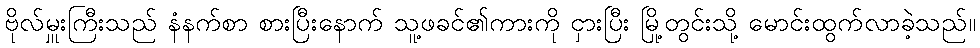
ဗိုလ်မှူးကြီးသည် နံနက်စာ စားပြီးနောက် သူ့ဖခင်၏ကားကို ငှားပြီး မြို့တွင်းသို့ မောင်းထွက်လာခဲ့သည်။